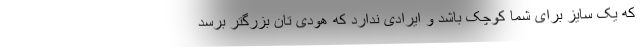
که یک سایز برای شما کوچک باشد و ایرادی ندارد که هودی تان بزرگتر برسد